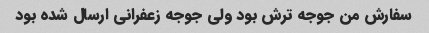
سفارش من جوجه ترش بود ولی جوجه زعفرانی ارسال شده بود